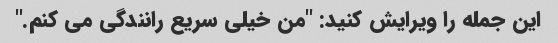
این جمله را ویرایش کنید: "من خیلی سریع رانندگی می کنم."